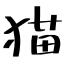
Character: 猫